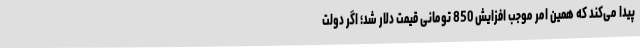
پیدا می‌کند که همین امر موجب افزایش 850 تومانی قیمت دلار شد؛ اگر دولت